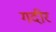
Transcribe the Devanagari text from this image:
गदीर